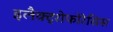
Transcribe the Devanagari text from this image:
इलैक्ट्रोफोरेसिस